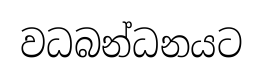
වධබන්ධනයට